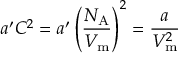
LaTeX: a ^ { \prime } C ^ { 2 } = a ^ { \prime } \left( { \frac { N _ { \mathrm { A } } } { V _ { \mathrm { m } } } } \right) ^ { 2 } = { \frac { a } { V _ { \mathrm { m } } ^ { 2 } } }